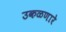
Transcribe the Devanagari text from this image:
उकळणारे